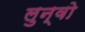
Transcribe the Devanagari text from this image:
लुन्वो